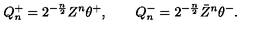
Q _ { n } ^ { + } = 2 ^ { - \frac n 2 } Z ^ { n } \theta ^ { + } , \qquad Q _ { n } ^ { - } = 2 ^ { - \frac n 2 } \bar { Z } ^ { n } \theta ^ { - } .